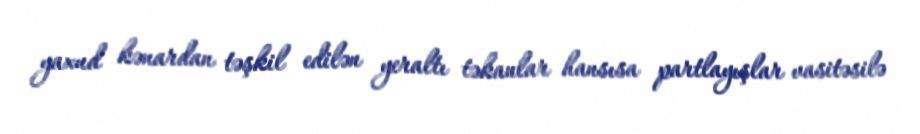
yaxud kənardan təşkil edilən yeraltı təkanlar hansısa partlayışlar vasitəsilə